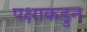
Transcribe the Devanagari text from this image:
पक्षाकडुन